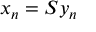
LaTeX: x _ { n } = S y _ { n }